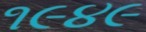
૧૯૪૯